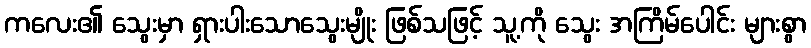
ကလေး၏ သွေးမှာ ရှားပါးသောသွေးမျိုး ဖြစ်သဖြင့် သူ့ကို သွေး အကြိမ်ပေါင်း များစွာ